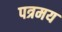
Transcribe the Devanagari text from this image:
पत्रमय